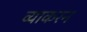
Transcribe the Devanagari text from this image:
व्याकरन